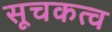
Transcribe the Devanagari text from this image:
सूचकत्व